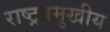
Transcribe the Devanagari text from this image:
राष्ट्रप्रमुखीय